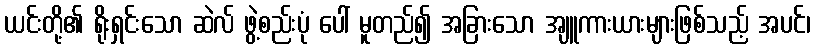
ယင်းတို့၏ ရိုးရှင်းသော ဆဲလ် ဖွဲ့စည်းပုံ ပေါ် မူတည်၍ အခြားသော အျူကားယားများဖြစ်သည့် အပင်၊